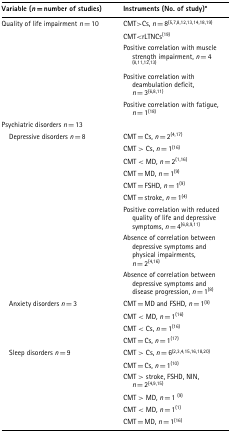
| Variable (n=number of studies) | Instruments (No. of study)* |
 | --- | --- |
 | Quality of life impairment n=10 | CMT>Cs, n=8(5,7,8,12,13,14,18,19) |
 |  | CMT<rLTNCs(19) |
 |  | Positive correlation with muscle strength impairment, n=4 (8,11,12,13) |
 |  | Positive correlation with deambulation deficit, n=3(6,8,11) |
 |  | Positive correlation with fatigue, n=1(18) |
 | Psychiatric disorders n=13 |  |
 | Depressive disorders n=8 | CMT=Cs, n=2(4,17) |
 |  | CMT > Cs, n=1(16) |
 |  | CMT < MD, n=2(1,16) |
 |  | CMT=MD, n=1(9) |
 |  | CMT=FSHD, n=1(9) |
 |  | CMT=stroke, n=1(4) |
 |  | Positive correlation with reduced quality of life and depressive symptoms, n=4(6,8,9,11) |
 |  | Absence of correlation between depressive symptoms and physical impairments, n=2(4,16) |
 |  | Absence of correlation between depressive symptoms and disease progression, n=1(8) |
 | Anxiety disorders n=3 | CMT=MD and FSHD, n=1(9) |
 |  | CMT < MD, n=1(16) |
 |  | CMT < Cs, n=1(16) |
 |  | CMT=Cs, n=1(17) |
 | Sleep disorders n=9 | CMT > Cs, n=6(2,3,4,15,16,18,20) |
 |  | CMT=Cs, n=1(10) |
 |  | CMT > stroke, FSHD, NIN, n=2(4,9,15) |
 |  | CMT > MD, n=1 (9) |
 |  | CMT < MD, n=1(1) |
 |  | CMT=MD, n=1(16) |